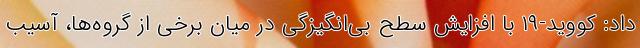
داد: کووید-۱۹ با افزایش سطح بی‌انگیزگی در میان برخی از گروه‌ها، آسیب